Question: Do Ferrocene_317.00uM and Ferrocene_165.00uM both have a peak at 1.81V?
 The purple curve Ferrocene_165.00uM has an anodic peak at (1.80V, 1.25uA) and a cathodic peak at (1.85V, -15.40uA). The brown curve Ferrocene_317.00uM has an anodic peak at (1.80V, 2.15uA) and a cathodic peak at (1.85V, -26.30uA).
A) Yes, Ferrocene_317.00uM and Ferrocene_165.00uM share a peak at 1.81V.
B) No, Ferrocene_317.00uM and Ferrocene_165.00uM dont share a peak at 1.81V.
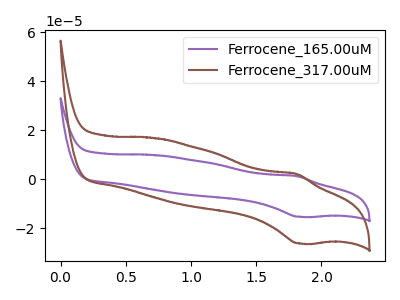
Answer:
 <answer>A) Yes, "Ferrocene_317.00uM" and "Ferrocene_165.00uM" share a peak at 1.81V.</answer>
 <eval>A</eval>